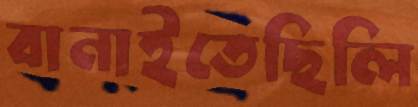
বানাইতেছিলি